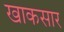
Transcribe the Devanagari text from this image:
खाकसार